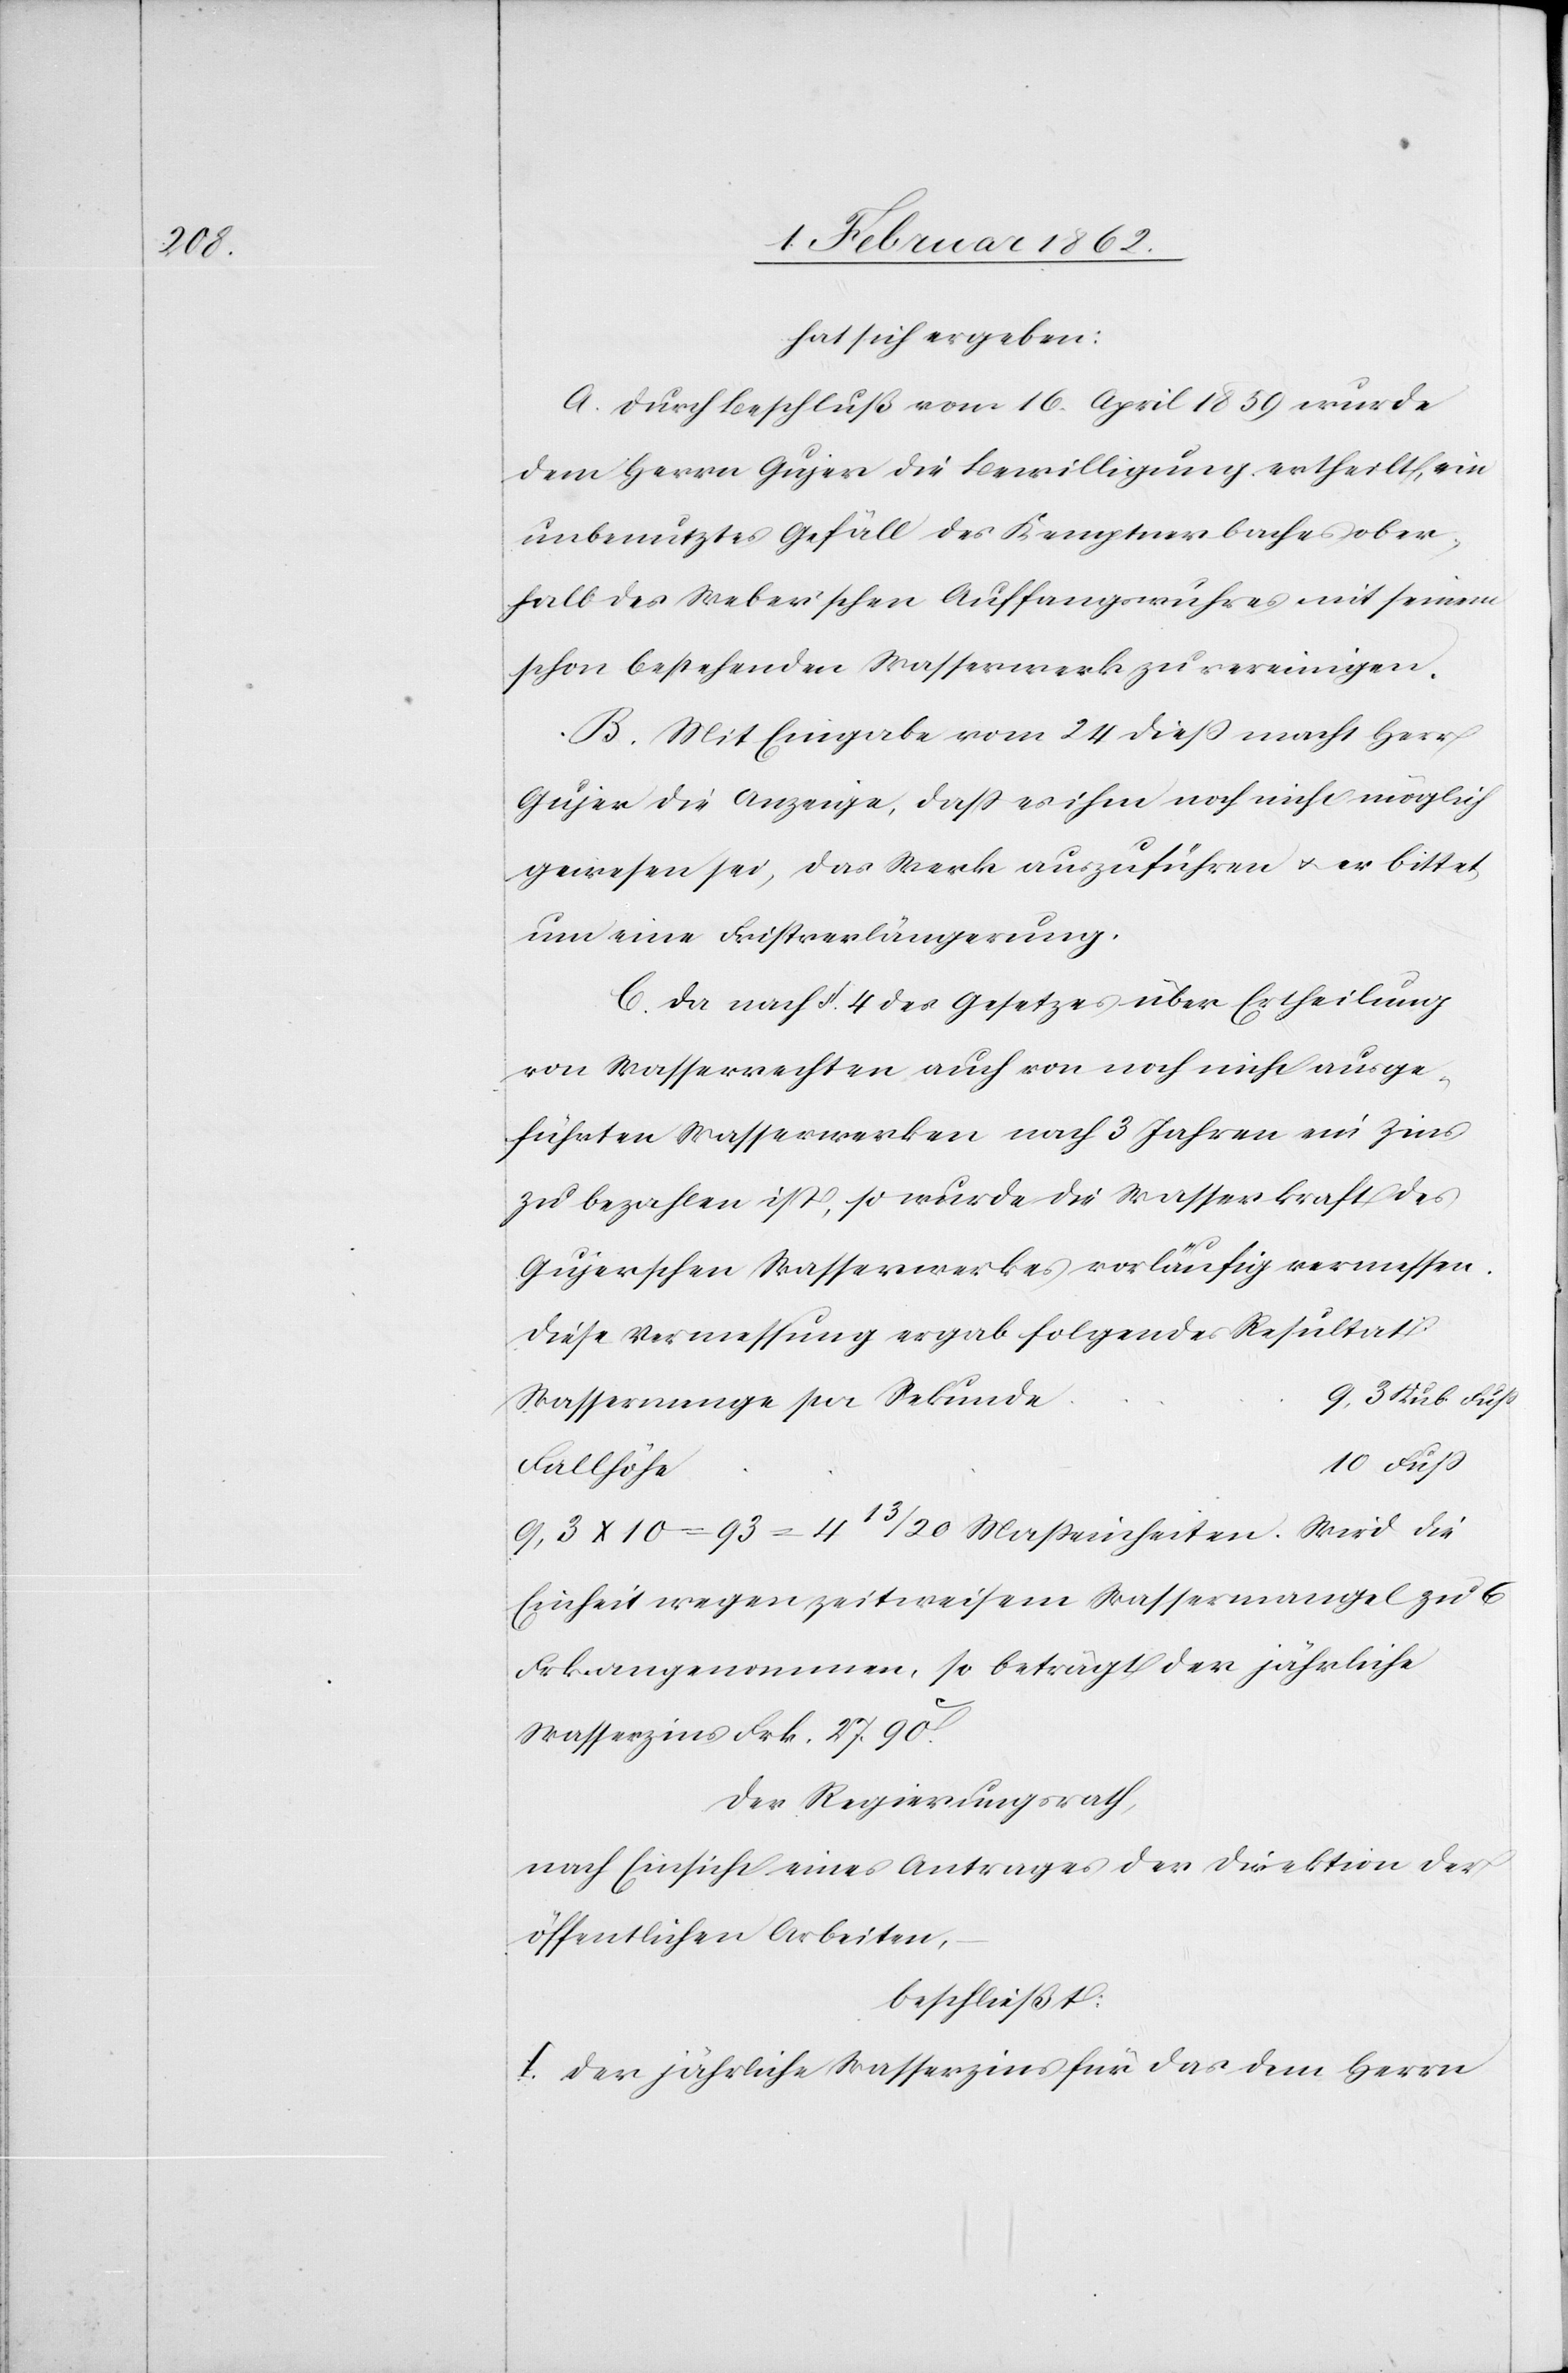
hat sich ergeben:
A. Durch Beschluß vom 16. April 1859 wurde
dem Herrn Gujer die Bewilligung ertheilt, ein
unbenutztes Gefäll des Kemptnerbaches ober¬
halb des Weber’schen Auffangswuhres mit seinem
schon bestehenden Wasserwerk zu vereinigen.
B. Mit Eingabe vom 24 dieß macht Herr
Gujer die Anzeige, daß es ihm noch nicht möglich
gewesen sei, das Werk auszuführen u. er bittet
um eine Fristverlängerung.
C. Da nach §. 4 des Gesetzes über Ertheilung
von Wasserrechten auch von noch nicht ausge¬
führten Wasserwerken nach 3 Jahren ein Zins
zu bezahlen ist, so wurde die Wasserkraft des
Gujerschen Wasserwerkes vorläufig vermessen.
Diese Vermessung ergab folgendes Resutat:
Wassermenge per Sekunde	9,3
9,3 X 10 = 93 = 4 13/20 Maßeinheiten. Wird die
Einheit wegen zeitweisem Wassermangel zu 6
Frk. angenommen, so beträgt der jährliche
Wasserzins Frk. 27. 90c.
Der Regierungsrath,
nach Einsicht eines Antrages der Direktion der
öffentlichen Arbeiten,
beschließt:
I. der jährliche Wasserzins für das dem Herrn